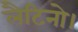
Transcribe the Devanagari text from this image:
लैटिनो।